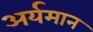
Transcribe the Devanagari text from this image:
अर्यमान